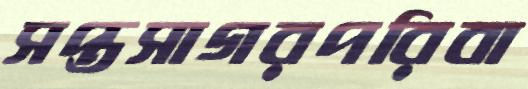
সপ্তসাগরপরিবা